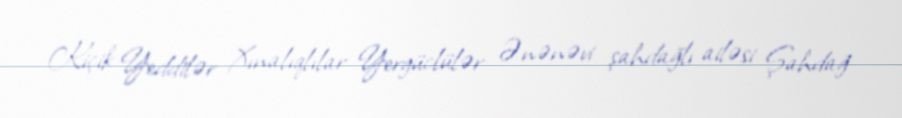
Kiçik Yeddilər Xınalıqlılar Yergüclülər Ənənəvi şahdağlı ailəsi Şahdağ